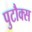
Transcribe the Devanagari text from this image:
पुटौक्स